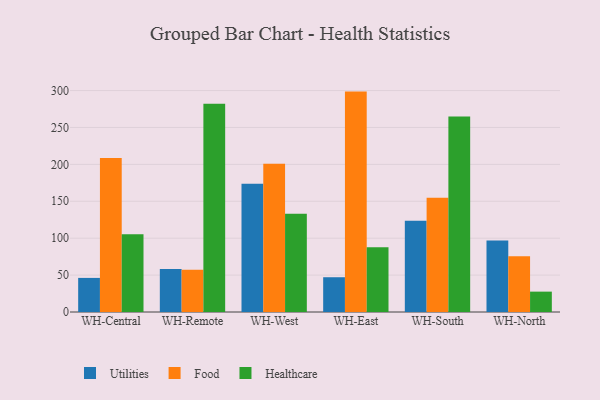
{"axis": {"x": "Warehouse", "y": "Tickets Resolved"}, "legend": ["Food", "Healthcare", "Utilities"], "data": [{"x": "WH-Central", "y": 46.2, "type": "Utilities"}, {"x": "WH-Central", "y": 208.7, "type": "Food"}, {"x": "WH-Central", "y": 105.5, "type": "Healthcare"}, {"x": "WH-Remote", "y": 58.1, "type": "Utilities"}, {"x": "WH-Remote", "y": 57.3, "type": "Food"}, {"x": "WH-Remote", "y": 282.2, "type": "Healthcare"}, {"x": "WH-West", "y": 173.7, "type": "Utilities"}, {"x": "WH-West", "y": 200.7, "type": "Food"}, {"x": "WH-West", "y": 133.1, "type": "Healthcare"}, {"x": "WH-East", "y": 47.1, "type": "Utilities"}, {"x": "WH-East", "y": 298.6, "type": "Food"}, {"x": "WH-East", "y": 87.8, "type": "Healthcare"}, {"x": "WH-South", "y": 123.7, "type": "Utilities"}, {"x": "WH-South", "y": 154.7, "type": "Food"}, {"x": "WH-South", "y": 264.8, "type": "Healthcare"}, {"x": "WH-North", "y": 96.9, "type": "Utilities"}, {"x": "WH-North", "y": 75.5, "type": "Food"}, {"x": "WH-North", "y": 27.6, "type": "Healthcare"}]}